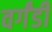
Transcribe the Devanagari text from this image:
वर्गंडी